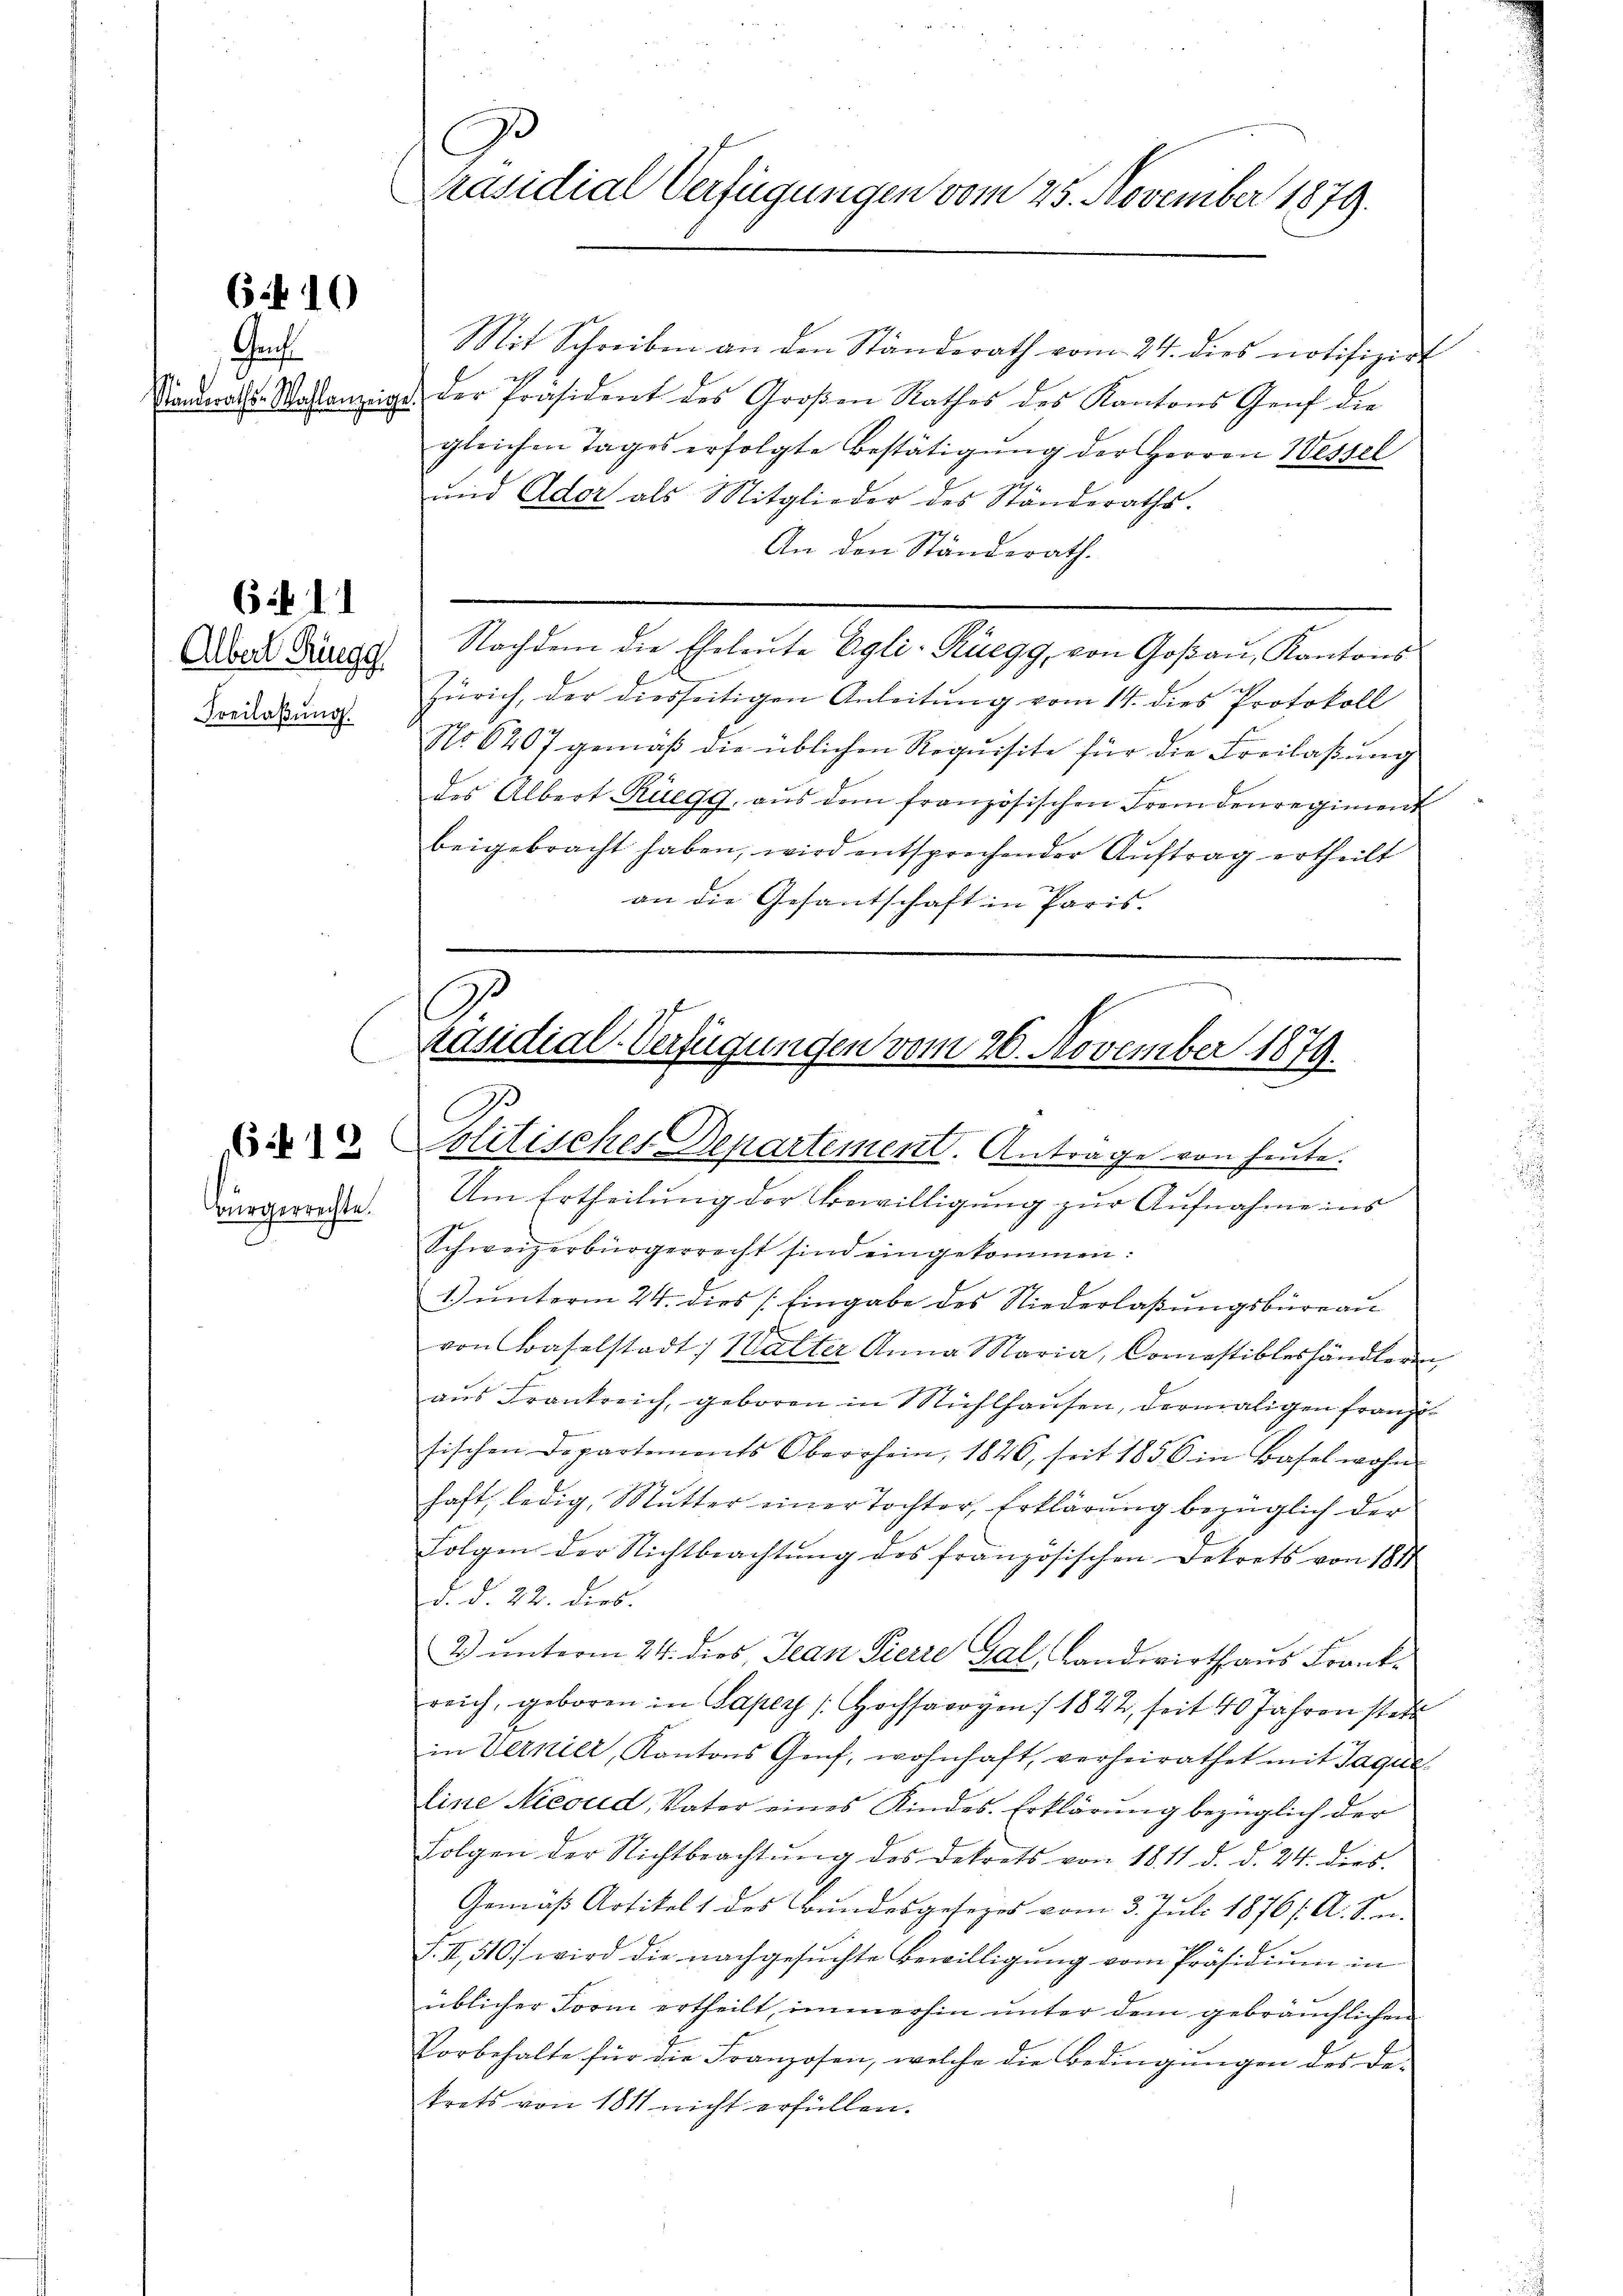
6 f 10

Genf

6 f 1

Albert Ringg
Freilassung.

Bürgerrechte.

C
Präsidial-Verfügungen vom 25. November 1879.

Mit Schreiben an den Ständerath vom 24. dies notifizirt
andraths-Sasanzeigt der Präsident des Großen Rathes des Kantons Genf die
gleichen Tages erfolgte Bestätigung der Herren Wessel
und Ador als Mitglieder des Ständeraths-
An den Ständerath.
Nachdem die Eheleute Egli-Rüegg, von Goβaŭ, Kantons
Zürich, der diesseitigen Anleitŭng vom 14. dies Protokoll
No 6207 gemäβ die üblichen Requisite für die Freilaβŭng
des Albert Rüegg, aŭs dem französischen Fremdenregiment
beigebracht haben, wird entsprechender Auftrag ertheilt
an die Gesantschaft in Paris.

2 Politischer Departement. Antrage von heute.
Um Ertheilung der Bewilligung zur Aufnahme ins
Schweizerbürgerrecht sind eingekommen:
1.) unterm 24. dies [Eingabe des Niederlaßungsbüreau
von Baselstadt, Walter Anna Maria, Comestibleshändleren
aus Frankreich, geboren in Mühlhausen, dermaligen franze
sischen Departements Oberrhein, 1826, seit 1856 in Basel wohn
haft ledig, Mutter einer Tochter, Erklärung bezüglich der
Folgen der Nichtbeachtŭng des französischen Dekrets von 1817
d. d. 22. dies
2) unterm 24. dies, Jean Pierre Gal, Landwirth aus Frank
reich, geboren in Saper /: Hochsavoyen / 1842, seit 40 Jahren stett
in Vernier, Kantons Genf, wohnhaft, verheirathet mit Jaque
line Nieoud, Vater eines Kindes Erklärung bezüglich der
Folgen der Nichtbeachtŭng des Dekrets von 1811 d. d. 24. dies
Gemäß Artikels des Bundesgesezes vom 3. Juli 1876/ A. Sie
f. II, 510) wird die nachgesŭchte Bewilligŭng vom Präsidiŭm in
üblicher Form ertheilt, immerhin unter dem gebräuchlichen
Vorbehalte für die Franzosen, welche die Bedingŭngen des da-
krets von 1811 nicht erfüllen.

.
C
räsidial-Verfügungen vom 26. November 1879.
A